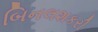
બિનલશકરી